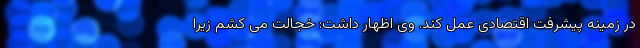
در زمینه پیشرفت اقتصادی عمل کند. وی اظهار داشت: خجالت می کشم زیرا